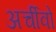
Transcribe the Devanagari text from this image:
अर्चीवो